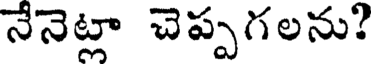
నేనెట్లా చెప్పగలను?